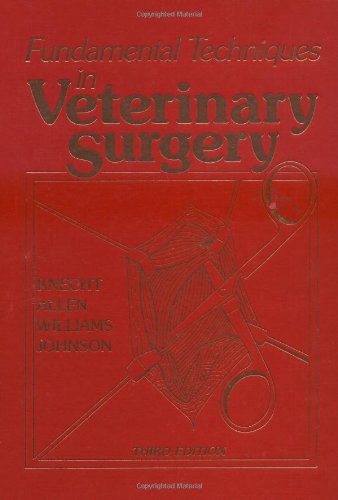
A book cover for Fundamental Techniques in Veterinary Surgery, 3e; Charles D. Knecht BS  VMD  MS; Medical Books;